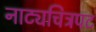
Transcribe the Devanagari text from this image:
नाट्यचित्रपट